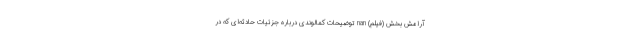
آرامش بخش (فیلم) nan توضیحات کمالوندی درباره جزئیات حادثه‌ای که در